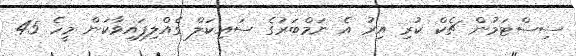
ސިސްޓަމުން ޗެކް ކުރި އިރު އެ ނަމްބަރުގެ ސައިކަލް ގެއްލިފައިވާކަން މީހެ 45